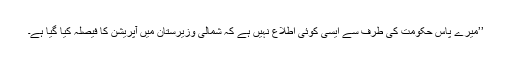
’’میرے پاس حکومت کی طرف سے ایسی کوئی اطلاع نہیں ہے کہ شمالی وزیرستان میں آپریشن کا فیصلہ کیا گیا ہے۔